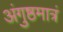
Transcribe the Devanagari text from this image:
अंगुष्ठमात्रं